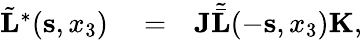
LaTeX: \begin{array}{rlr}{\tilde{\mathbf L}^{*}({\mathbf s},x_{3})}&{{}=}&{{\mathbf J}{\tilde{\bar{\mathbf L}}}(-{\mathbf s},x_{3}){\mathbf K},}\end{array}